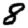
Digit: 8